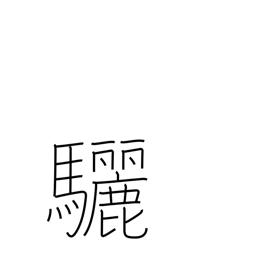
Meaning: black horse